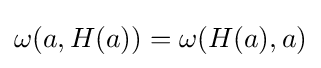
\omega (a,H(a))=\omega (H(a),a)